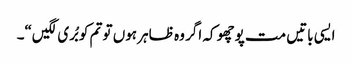
ایسی باتیں مت پوچھو کہ اگر وہ ظاہر ہوں تو تم کو بُری لگیں“۔